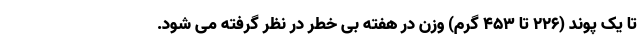
تا یک پوند (226 تا 453 گرم) وزن در هفته بی خطر در نظر گرفته می شود.